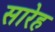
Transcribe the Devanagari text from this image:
सारेह